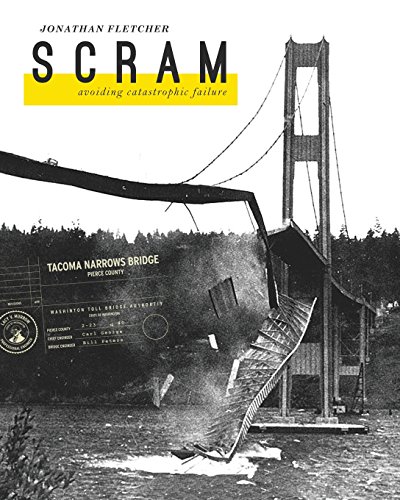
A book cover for SCRAM: Avoiding Catastrophic Failure; Jonathan S Fletcher; Business & Money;